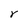
Character: r